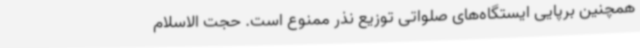
همچنین برپایی ایستگاه‌های صلواتی توزیع نذر ممنوع است. حجت الاسلام